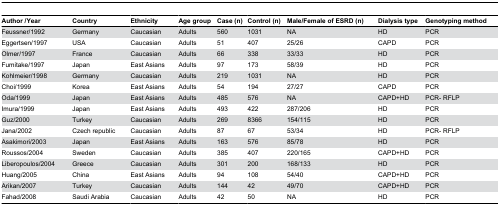
| Author /Year | Country | Ethnicity | Age group | Case (n) | Control (n) | Male/Female of ESRD (n) | Dialysis type | Genotyping method |
 | --- | --- | --- | --- | --- | --- | --- | --- | --- |
 | Feussner/1992 | Germany | Caucasian | Adults | 560 | 1031 | NA | HD | PCR |
 | Eggertsen/1997 | USA | Caucasian | Adults | 51 | 407 | 25/26 | CAPD | PCR |
 | Olmer/1997 | France | Caucasian | Adults | 66 | 338 | 33/33 | HD | PCR |
 | Fumitake/1997 | Japan | East Asians | Adults | 97 | 173 | 58/39 | HD | PCR |
 | Kohlmeier/1998 | Germany | Caucasian | Adults | 219 | 1031 | NA | HD | PCR |
 | Choi/1999 | Korea | East Asians | Adults | 54 | 194 | 27/27 | CAPD | PCR |
 | Oda/1999 | Japan | East Asians | Adults | 485 | 576 | NA | CAPD+HD | PCR- RFLP |
 | Imura/1999 | Japan | East Asians | Adults | 493 | 422 | 287/206 | HD | PCR |
 | Guz/2000 | Turkey | Caucasian | Adults | 269 | 8366 | 154/115 | HD | PCR |
 | Jana/2002 | Czech republic | Caucasian | Adults | 87 | 67 | 53/34 | HD | PCR- RFLP |
 | Asakimori/2003 | Japan | East Asians | Adults | 163 | 576 | 85/78 | HD | PCR |
 | Roussos/2004 | Sweden | Caucasian | Adults | 385 | 407 | 220/165 | CAPD+HD | PCR |
 | Liberopoulos/2004 | Greece | Caucasian | Adults | 301 | 200 | 168/133 | HD | PCR |
 | Huang/2005 | China | East Asians | Adults | 94 | 108 | 54/40 | CAPD+HD | PCR |
 | Arikan/2007 | Turkey | Caucasian | Adults | 144 | 42 | 49/70 | CAPD+HD | PCR |
 | Fahad/2008 | Saudi Arabia | Caucasian | Adults | 42 | 50 | NA | HD | PCR |